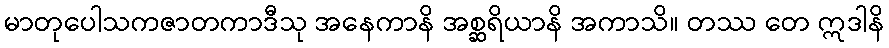
မာတုပေါသကဇာတကာဒီသု အနေကာနိ အစ္ဆရိယာနိ အကာသိ။ တဿ တေ ဣဒါနိ